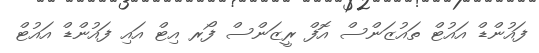
ފައުންޑް އައުޓް ތައުޒަންސް އޮފް ރީޒަަންސް ފޯރ އިޓް އައި ފައުންޑް އައުޓް